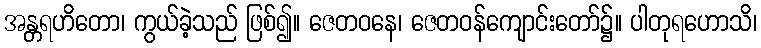
အန္တရဟိတော၊ ကွယ်ခဲ့သည် ဖြစ်၍။ ဇေတဝနေ၊ ဇေတဝန်ကျောင်းတော်၌။ ပါတုရဟောသိ၊